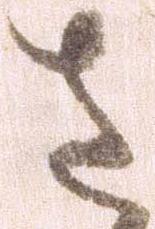
さ